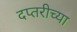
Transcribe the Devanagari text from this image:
दप्तरीच्या